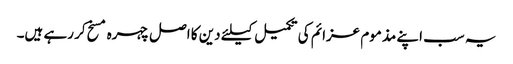
یہ سب اپنے مذموم عزائم کی تکمیل کیلئے دین کا اصل چہره مسخ کر رہے ہیں۔